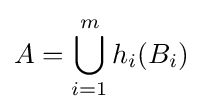
A=\bigcup _{i=1}^{m}h_{i}(B_{i})